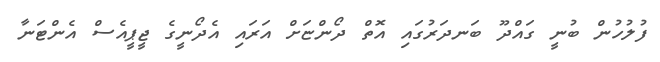
ފުލުހުން ބުނީ ގައްދޫ ބަނދަރުގައި އޮތް ދޯންޏަށް އަރައި އެދޯނީގެ ޖީޕީއެސް އެންޓަނާ